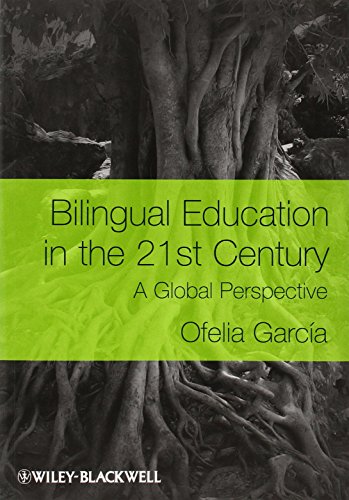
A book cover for Bilingual Education in the 21st Century: A Global Perspective; Ofelia GarcÃ­a; Politics & Social Sciences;